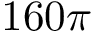
1 6 0 \pi